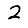
Digit: 2